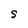
Character: S